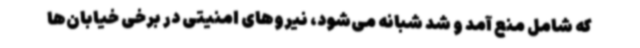
که شامل منع آمد و شد شبانه می‌شود، نیروهای امنیتی در برخی خیابان‌ها